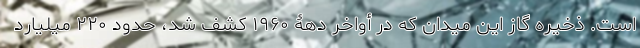
است. ذخیره گاز این میدان که در أواخر دهۀ ۱۹۶۰ کشف شد، حدود ۲۲۰ میلیارد